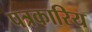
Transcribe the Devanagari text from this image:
पत्रकारिय